Document type: Emphyteutic lease
Year: 1283
Scribe: Pere Marquès
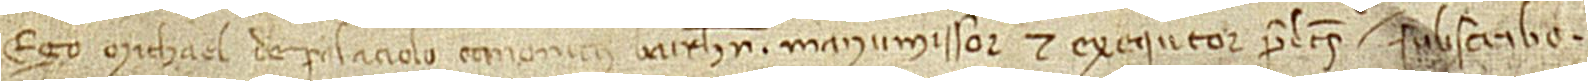
Ego Michael de Palaciolo, canonicus Barchinone, manumissor et exequtor predictus, subscribo.